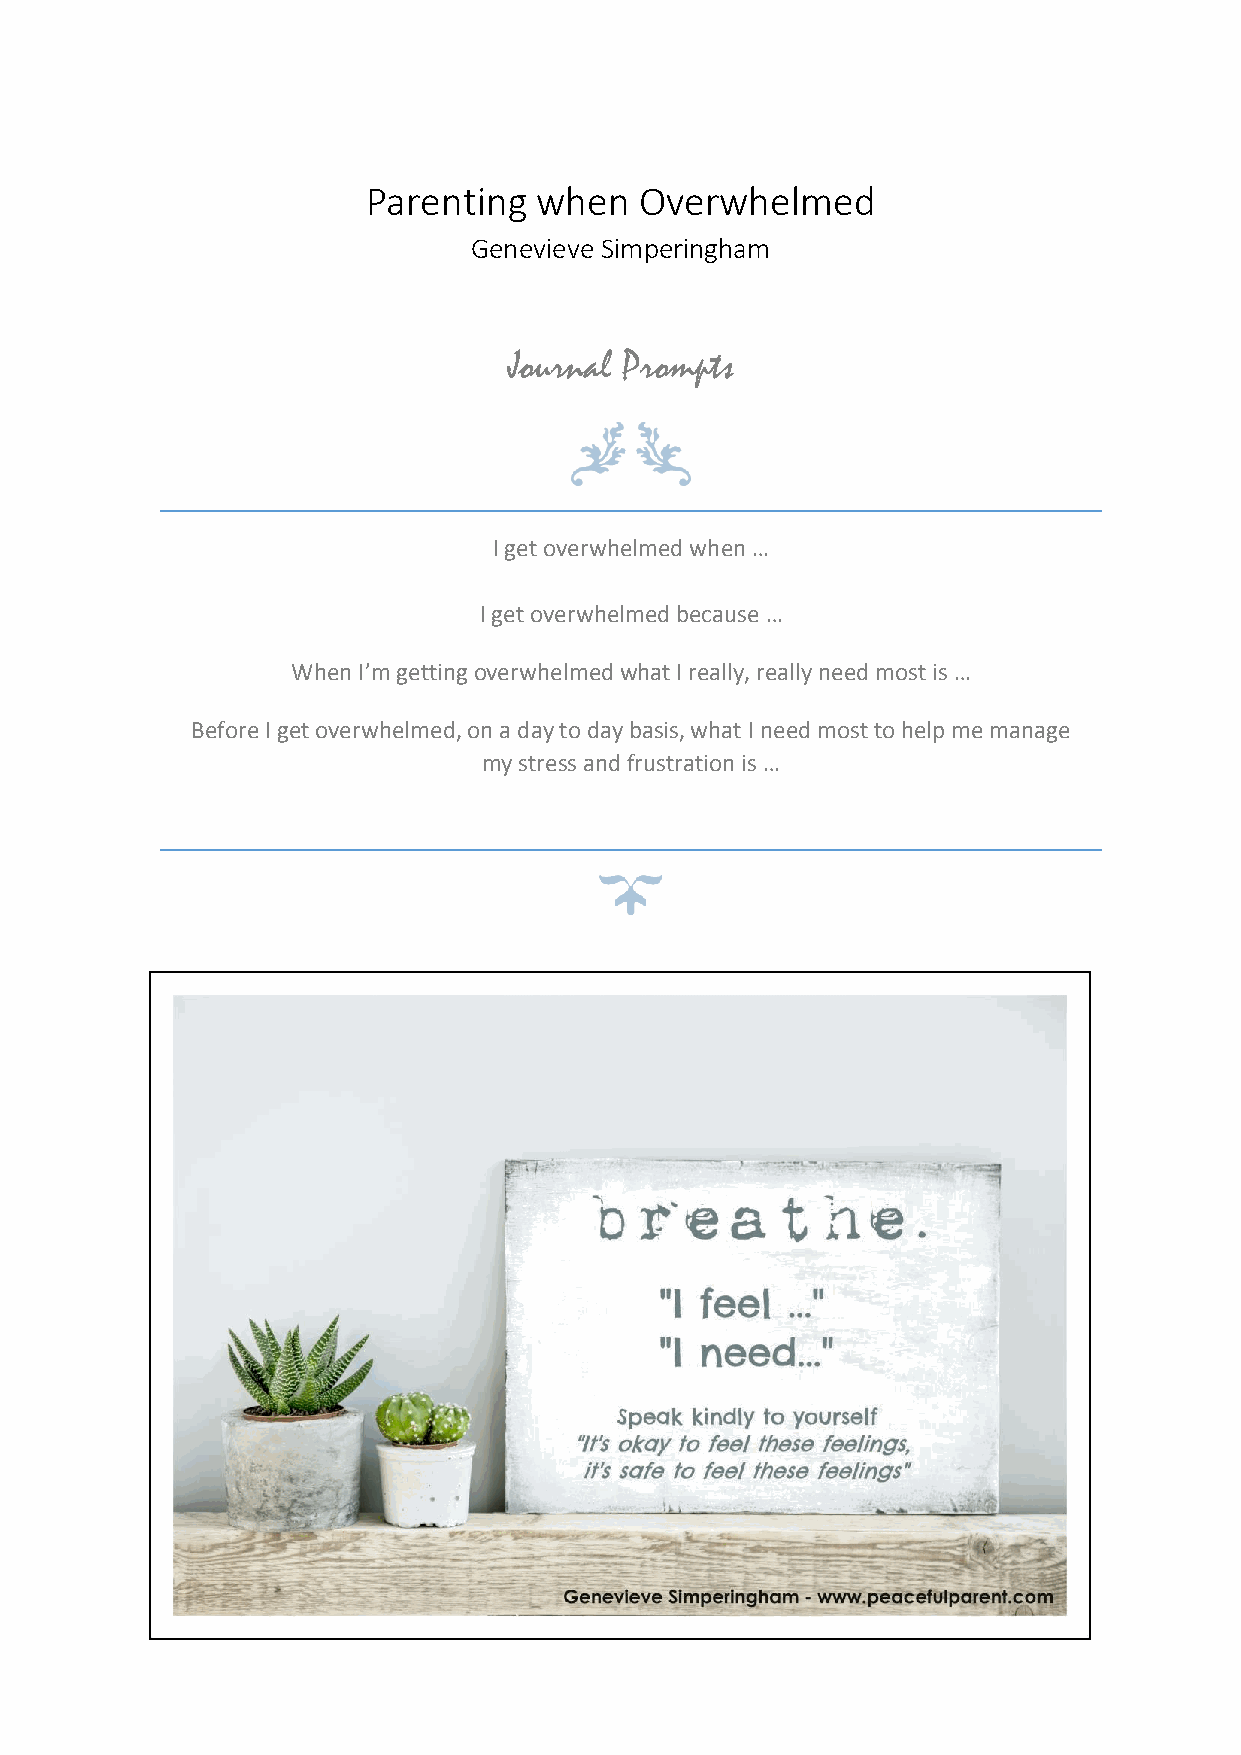
Parenting  when   Overwhelmed
 Genevieve Simperingham
 Journal Prompts
 I get overwhelmed when …
 I get overwhelmed because …
 When I’m getting overwhelmed what I really, really need most is …
 Before I get overwhelmed, on a day to day basis, what I need most to help me manage
 my stress and frustration is …